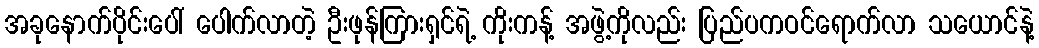
အခုနောက်ပိုင်းပေါ် ပေါက်လာတဲ့ ဦးဖုန်ကြားရှင်ရဲ့ ကိုးကန့် အဖွဲ့ကိုလည်း ပြည်ပကဝင်ရောက်လာ သယောင်နဲ့